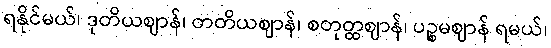
ရနိုင်မယ်၊ ဒုတိယဈာန်၊ တတိယဈာန်၊ စတုတ္ထဈာန်၊ ပဉ္စမဈာန် ရမယ်၊